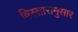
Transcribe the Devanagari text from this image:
विस्तारानुसार